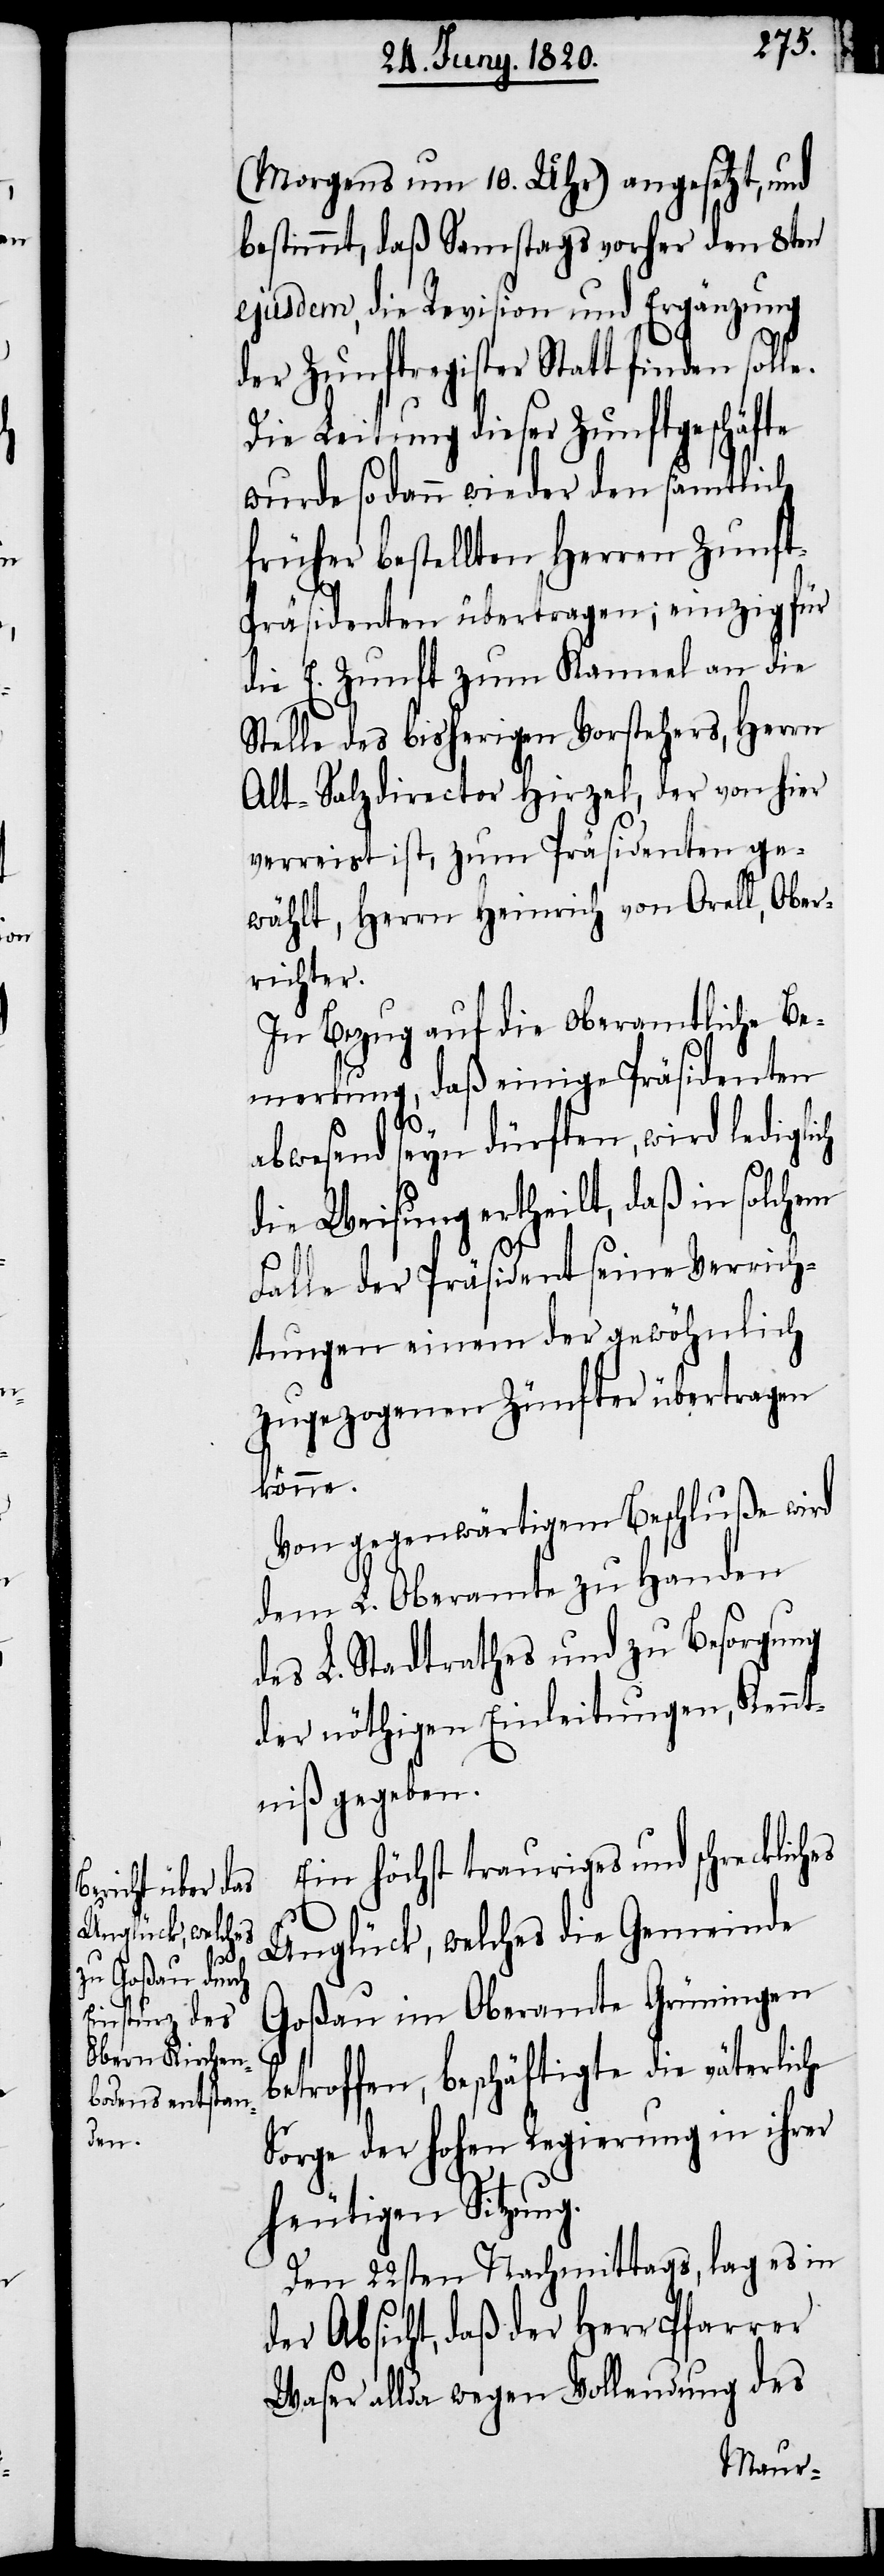
(Morgens um 10. Uhr) angesetzt, und
bestimmt, daß Samstags vorher den 8ten
ejusdem, die Revision und Ergänzung
der Zunftregister statt finden solle.
Die Leitung dieser Zunftgeschäfte
wurde sodann wieder den sämtlich
früher bestellten Herren Zunf¬
t-Präsidenten übertragen; einzig für
die E. Zunft zum Kameel an die
Stelle des bisherigen Vorstehers, Herrn
Alt-Salzdirector Hirzel, der von hier
verreist ist, zum Präsidenten ge¬
wählt, Herrn Heinrich von Orell, Ober¬
richter.
In Bezug auf die oberamtliche Be¬
merkung, daß einige Präsidenten
abwesend seyn dürften, wird lediglich
die Weisung ertheilt, daß in solchem
Fall der Präsident seine Verrich¬
tungen einem der gewöhnlich
zugezogenen Zünfter übertragen
könne.
Von gegenwärtigem Beschluße wird
dem L. Oberamt zu Handen
des L. Stadtrathes und zu Besorgung
der nöthigen Einleitungen, Kennt¬
niß gegeben.
Ein höchst trauriges und schreckliches
Unglück, welches die Gemeinde
Goßau im Oberamte Grüningen
betroffen, beschäftigte die väterliche
Sorge der hohen Regierung in ihrer
heutigen Sitzung.
Den 22sten Nachmittags, lag es in
der Absicht, daß der Herr Pfarrer
Waser allda wegen Vollendung des